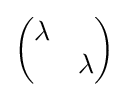
{\begin{pmatrix}\lambda &\\&\lambda \\\end{pmatrix}}